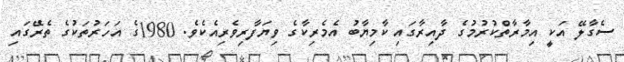
ސެގާލޭ އަކީ އިމާރާތްކުރުމުގެ ދާއިރާގައި ކާމިޔާބު އެމެރިކާގެ ވިޔަފާރިވެރިއެކެވެ. 1980ގެ އަހަރުތަކުގެ ތެރޭގައި